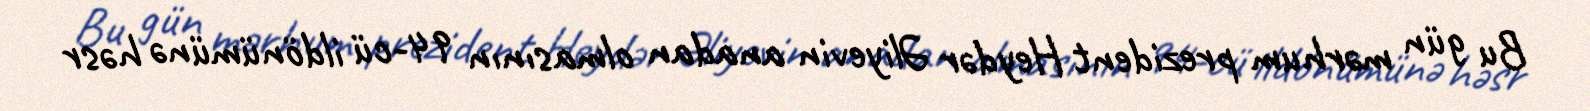
Bu gün mərhum prezident Heydər Əliyevin anadan olmasının 94-cü ildönümünə həsr